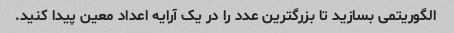
الگوریتمی بسازید تا بزرگترین عدد را در یک آرایه اعداد معین پیدا کنید.